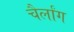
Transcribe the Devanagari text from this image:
चैर्लांग